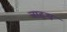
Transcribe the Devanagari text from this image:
बाहृय